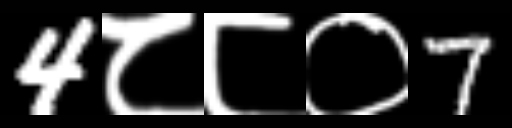
Text: 4८८०7